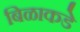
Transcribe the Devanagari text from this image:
बिळाकडे